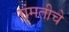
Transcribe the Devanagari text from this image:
गंमतीचे